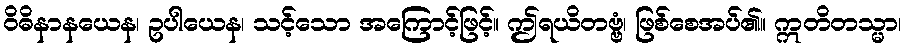
ဝိဓိနာနယေန၊ ဥပါယေန၊ သင့်သော အကြောင့်ဖြင့်။ ဤရယိတဗ္ဗံ၊ ဖြစ်စေအပ်၏။ ဣတိတသ္မာ၊